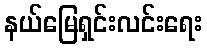
နယ်မြေရှင်းလင်းရေး